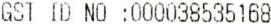
GST ID NO :000038535168